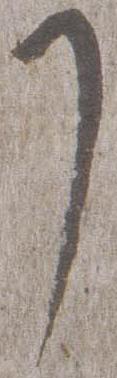
了